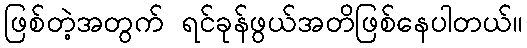
ဖြစ်တဲ့အတွက် ရင်ခုန်ဖွယ်အတိဖြစ်နေပါတယ်။